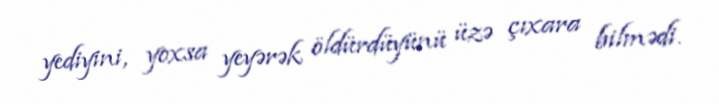
yediyini, yoxsa yeyərək öldürdüyünü üzə çıxara bilmədi.